Report on vaccination in Madras 1877-1894 - 1877-1894
Year: 1877
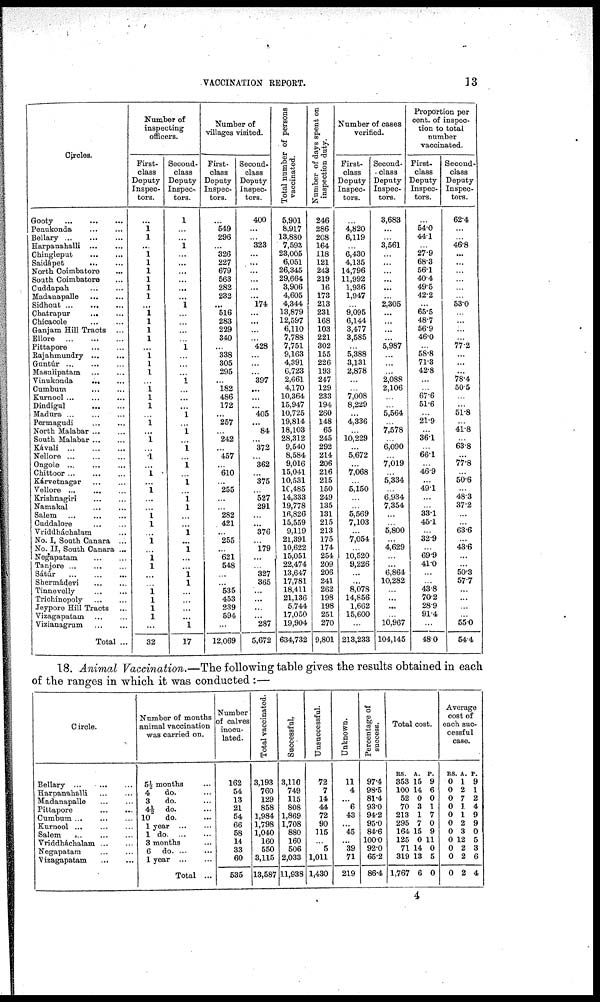
VACCINATION REPORT.
13
Circles.
Gooty
...
...
...
Penukonda
...
...
Bellary
...
...
...
Harpanahalli ... ...
Chingleput
...
...
Saidápet
...
...
North Coimbatore ...
South Coimbatore ...
Cuddapah ... ...
Madanapalle
...
...
Sidhout
...
...
...
Chatrapur
... ...
Chicacole
...
...
Ganjam Hill Tracts ...
Ellore
...
...
...
Pittapore ... ...
Rajahmundry
...
...
Guntúr ... ... ...
Masulipatam ... ...
Vinukonda
... ...
Cumbum ... ...
Kurnool ... ... ...
Dindigul
...
...
Madura ... ... ...
Permagudi
...
...
North Malabar ... ...
South Malabar ... ...
Kávali
...
...
...
Nellore
...
...
...
Ongole ... ... ...
Chittoor ...
...
...
Kárvetnagar ... ...
Vellore ...
...
...
Krishnagiri
...
...
Namakal
...
...
Salem ...
...
...
Cuddalore
...
...
Vriddháchalam ...
No. I, South Canara ...
No. II, South Canara ...
Negapatam
...
...
Tanjore ... ... ...
Sátur
...
...
...
Shermádevi ... ...
Tinnevelly
...
...
Trichinopoly
...
...
Jeypore Hill Tracts ...
Vizagapatam
...
...
Vizianagrum ... ...
Total ...
Number of
inspecting
officers.
First¬
class
Deputy
Inspec-
tors.
...
1 1
...
1
1
1
1
1
1
...
1
1
1
1
...
1 1
1
...
1 1
1
...
1
...
1
...
1
...
1
...
1
...
...
1
1
...
1
...
1
1
...
...
1 1
1
1
...
32
Second¬
class
Deputy
Inspec-
tors.
1
...
...
1
...
...
...
...
...
...
1
...
...
...
...
1
...
...
...
1
...
...
...
1
...
1
...
1
...
1
...
1
...
1 1
...
...
1
...
1
...
...
1 1
...
...
...
...
1
17
Number of
villages visited.
First¬
class
Deputy
Inspec-
tors.
...
549
296
...
326
227
679
563
282
232
...
516
283
229
340
...
338
305
295
...
182
486
172
...
257
...
242
...
457
...
610
...
255
...
...
282
421
...
255
...
621
548
...
...
535
453
239
594
...
12,069
Second¬
class
Deputy
Inspec-
tors.
400
...
...
323
...
...
...
...
...
...
174
...
...
...
...
428
...
...
...
397
...
...
...
405
...
84
...
372
...
362
...
375
...
527
291
...
...
376
...
179
...
...
327
365
...
...
...
287
5,672
Total number of persons
vaccinated.
5,901
8,917
13,880
7,593
23,005
6,051
26,345
29,664
3,906
4,605
4,344
13,879
12,597
6,110
7,788
7,751
9,163
4,391
6,723
2,661
4,170
10,364
15,947
10,725
19,814
18,103
28,312
9,540
8,584
9,016
15,041
10,531
10,485
14,333
19,778
16,826
15,559
9,119
21,391
10,622
15,051
22,474
13,647
17,781
18,411
21,136
5,744
17,050
19,904
634,732
Number of days spent on
inspection duty.
246
286
208
164
118
121
243
219
16
173
213
231
168
103
221
302
155
226
193
247
129
233
194
260
148
65
245
292
214
206
216
215
150
249
135
131
215
213
175
174
254
209
206
241
262
198
198
251
270
9,801
Number of cases
verified.
First¬
class
Deputy
Inspec-
tors.
...
4,820
6,119
...
6,430
4,135
14,796
11,992
1,936
1,947
...
9,095
6,144
3,477
3,585
...
5,388
3,131
2,878
...
...
7,008
8,229
...
4,336
...
10,229
...
5,672
...
7,068
...
5,150
...
...
5,569
7,103
...
7,054
...
10,520
9,226
...
...
8,078
14,856
1,662
15,600
...
213,233
Second¬
class
Deputy
Inspec-
tors.
3,683
...
...
3,561
...
...
...
...
...
...
2,305
...
...
...
...
5,987
...
...
...
2,088
2,106
...
...
5,564
...
7,578
...
6,090
...
7,019
...
5,334
...
6,934
7,354
...
...
5,800
...
4,629
...
...
6,864
10,282
...
...
...
...
10,967
104,145
Proportion per
cent. of inspec-
tion to total
number
vaccinated.
First¬
class
Deputy
Inspec-
tors.
...
54.0
441
...
27.9
68.3
561
40.4
49.5
42.2
...
65.5
48.7
56.9
460
...
58.8
71.3
42.8
...
...
67.6
51.6
...
21.9
...
361
...
66.1
...
46.9
...
49.1
...
...
33.1
45.1
...
32.9
...
69.9
410
...
...
43.8
70.2
28.9
91.4
...
48.0
Second¬
class
Deputy
Inspec-
tors.
62.4
...
...
46.8
...
...
...
...
...
...
53.0
...
...
...
...
77.2
...
...
...
78.4
50.5
...
...
51.8
...
41.8
...
63.8
...
77.8
...
50.6
...
48.3
37.2
...
...
63.6
...
43.6
...
...
50.3
57.7
...
...
...
...
55.0
54.4
18. Animal Vaccination.—The following table gives the results obtained in each
of the ranges in which it was conducted :—
Circle.
Bellary
...
...
...
Harpanahalli ... ...
Madanapalle
...
...
Pittapore ... ...
Cumbum ... ... ...
Kurnool ... ... ...
Salem
... ... ...
Vriddháchalam ... ...
Negapatam ... ...
Vizagapatam
...
...
Number of months
animal vaccination
was carried on.
5½ months ...
4
do. ...
3
do. ...
4½ do. ...
10
do.
1 year
1
do. ... ...
3 months ...
6 do. ... ...
1 year
...
...
Total ...
Number
of calves
inocu-
lated.
162
54
13
21
54
66
58
14
33
60
535
Total vaccinated.
3,193
760
129
858
1,984
1,798
1,040
160
550
3,115
13,587
Successful.
3,110
749
115
808
1,869
1,708
880
160
506
2,033
11,938
Unsuccessful.
72
7
14
44
72
90
115
...
5
1,011
1,430
Unknown.
11
4
...
6
43
...
45
...
39
71
219
Percentage of
success.
97.4
98.5
81.4
93.0
94.2
95.0
84.6
100.0
92.0
65.2
86.4
Total cost.
RS.
353
100
52
70
213
295
164
125
71
319
1,767
A.
15
14
0
3
1
7
15
P.
9
6
0
1
7
0
9
0 11
14
13
6
0
5
0
Average
cost of
each suc-
cessful
case.
RS.
0
0
0
0
0
0
0
0
0
0
0
A.
1
2
7
1
1
2
3
12
2
2
2
P.
9
1
2
4
9
9
0
5
3
6
4
4